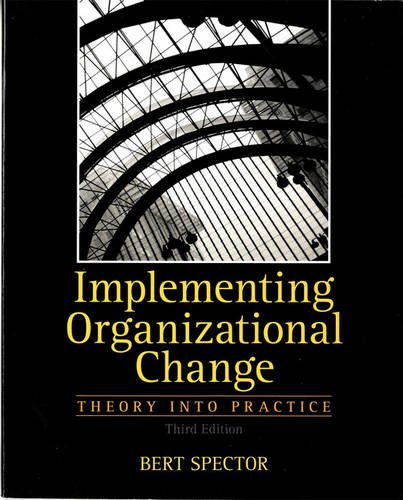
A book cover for Implementing Organizational Change: Theory Into Practice, 3rd Edition; Bert Spector; Business & Money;